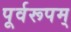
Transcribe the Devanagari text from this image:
पूर्वरूपम्